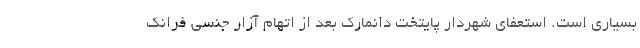
بسیاری است. استعفای شهردار پایتخت دانمارک بعد از اتهام آزار جنسی فرانک